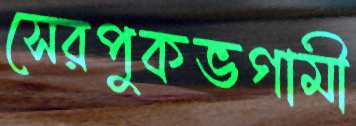
সেরপুকভগামী